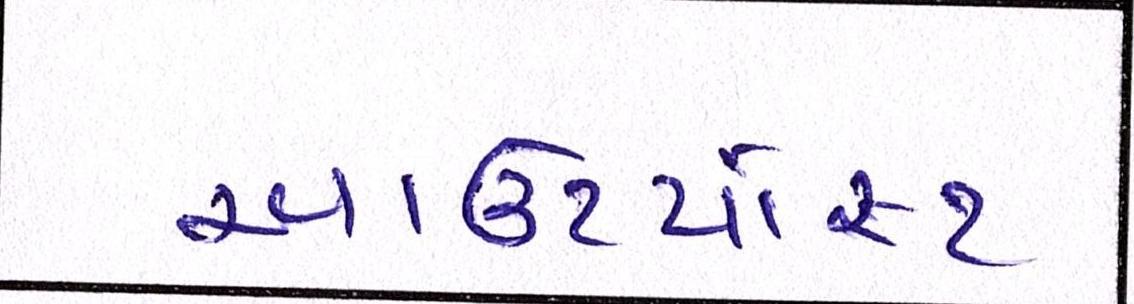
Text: આઉટપોસ્ટ